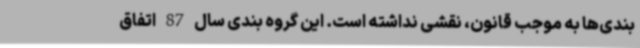
بندی‌ها به موجب قانون، نقشی نداشته است. این گروه بندی سال 87 اتفاق